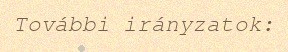
További irányzatok: